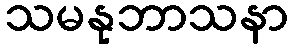
သမနုဘာသနာ